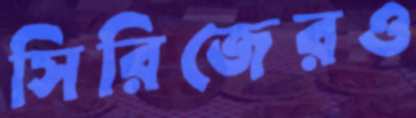
সিরিজেরও